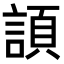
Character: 𧩬